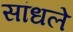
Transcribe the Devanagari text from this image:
सांधले